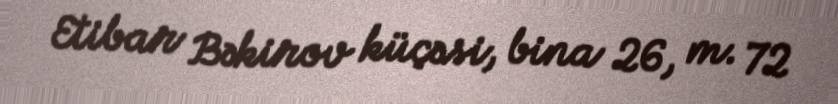
Etibar Bəkirov küçəsi, bina 26, m. 72